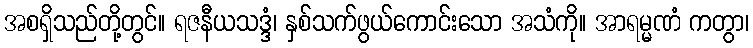
အစရှိသည်တို့တွင်။ ရဇနီယသဒ္ဒံ၊ နှစ်သက်ဖွယ်ကောင်းသော အသံကို။ အာရမ္မဏံ ကတွာ၊